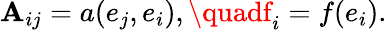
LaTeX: \mathbf{A}_{ij}=a(e_{j},e_{i}),\quadf_{i}=f(e_{i}).